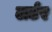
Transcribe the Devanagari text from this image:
लर्टर